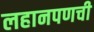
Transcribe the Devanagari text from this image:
लहानपणची